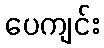
ပေကျင်း